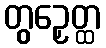
တွဉှေတ္ထ